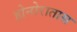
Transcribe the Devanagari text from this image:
होनोरातास